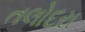
તલોદરા